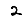
Digit: 2